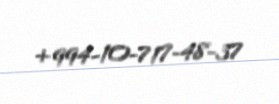
+994-10-717-48-37